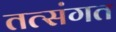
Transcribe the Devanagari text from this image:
तत्संगत